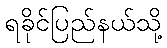
ရခိုင်ပြည်နယ်သို့